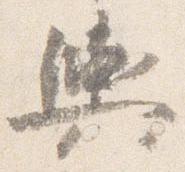
輿